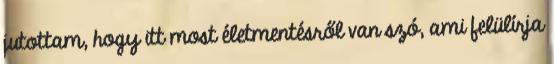
jutottam, hogy itt most életmentésről van szó, ami felülírja